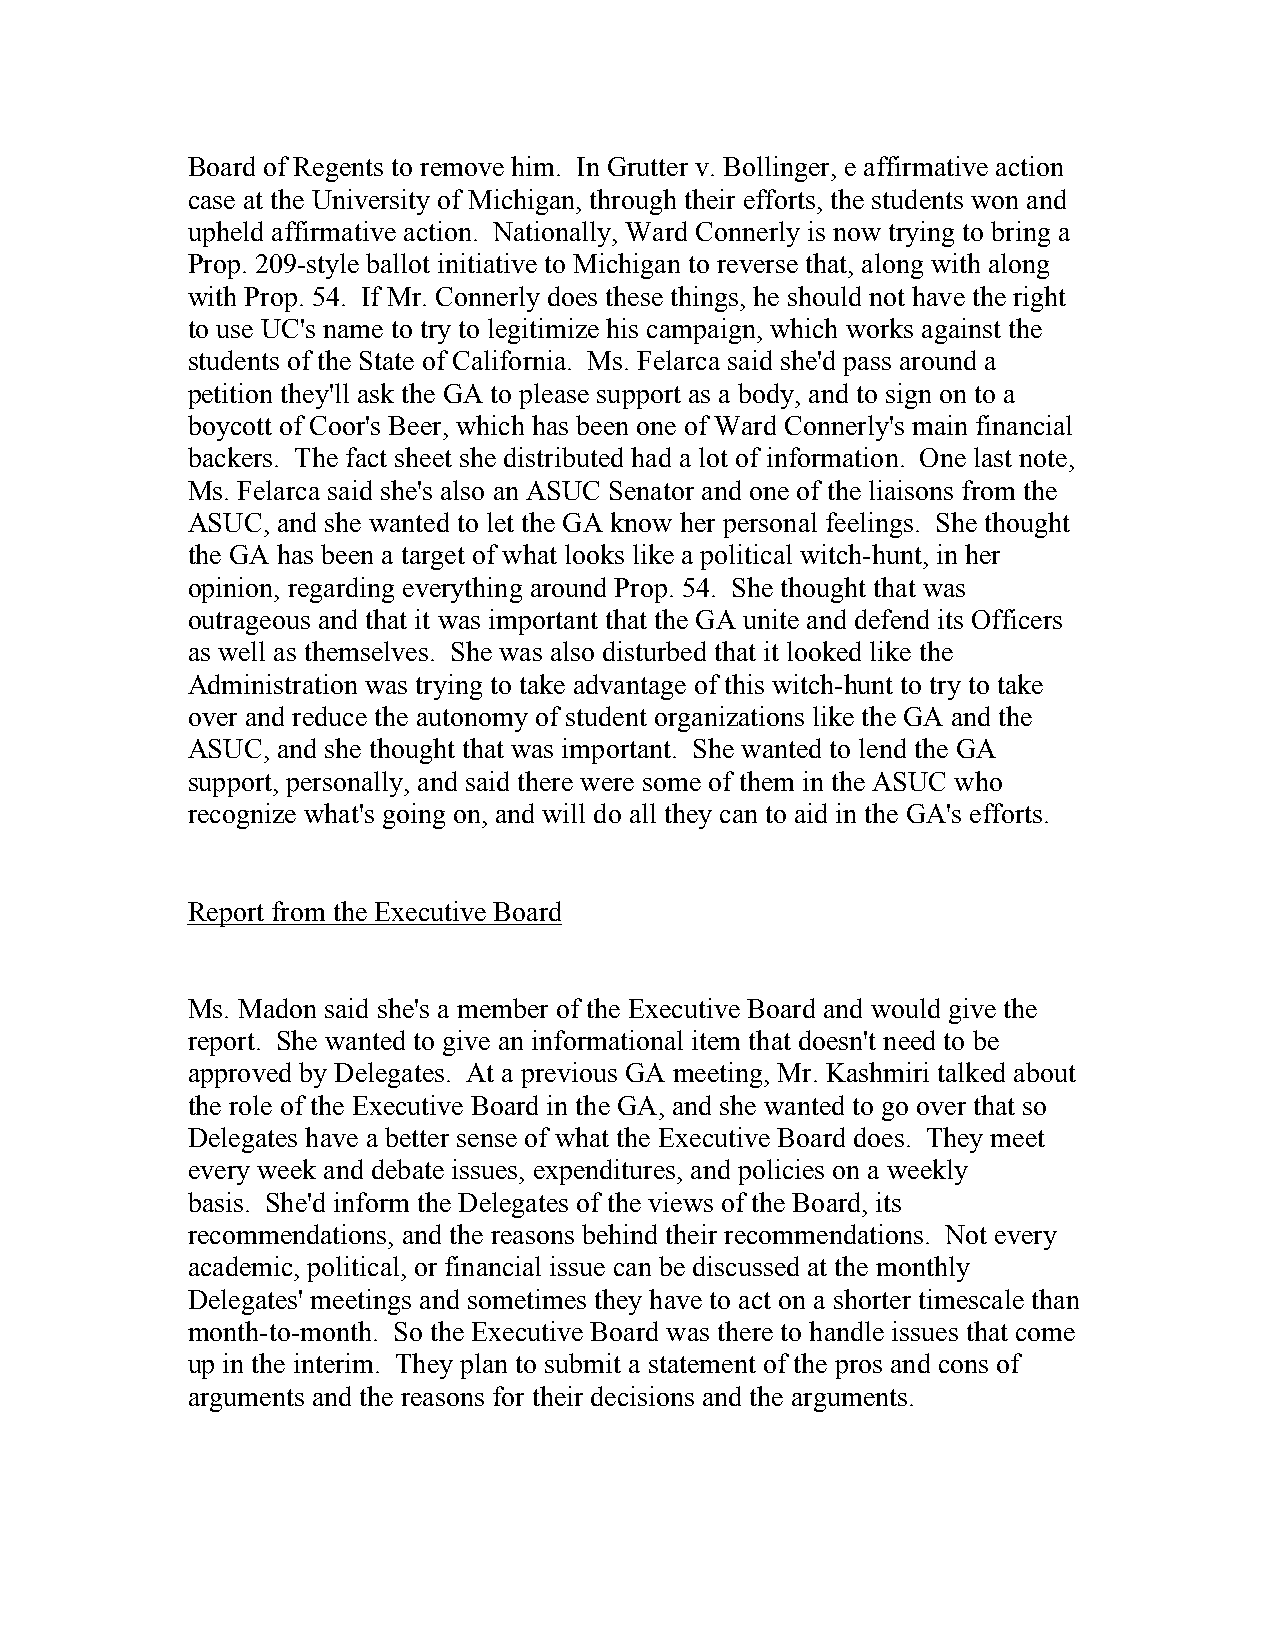
Board of Regents to remove him. In Grutter v. Bollinger, e affirmative action
 case at the University of Michigan, through their efforts, the students won and
 upheld affirmative action. Nationally, Ward Connerly is now trying to bring a
 Prop. 209-style ballot initiative to Michigan to reverse that, along with along
 with Prop. 54. If Mr. Connerly does these things, he should not have the right
 to use UC's name to try to legitimize his campaign, which works against the
 students of the State of California. Ms. Felarca said she'd pass around a
 petition they'll ask the GA to please support as a body, and to sign on to a
 boycott of Coor's Beer, which has been one of Ward Connerly's main financial
 backers. The fact sheet she distributed had a lot of information. One last note,
 Ms. Felarca said she's also an ASUC Senator and one of the liaisons from the
 ASUC, and she wanted to let the GA know her personal feelings. She thought
 the GA has been a target of what looks like a political witch-hunt, in her
 opinion, regarding everything around Prop. 54. She thought that was
 outrageous and that it was important that the GA unite and defend its Officers
 as well as themselves. She was also disturbed that it looked like the
 Administration was trying to take advantage of this witch-hunt to try to take
 over and reduce the autonomy of student organizations like the GA and the
 ASUC, and she thought that was important. She wanted to lend the GA
 support, personally, and said there were some of them in the ASUC who
 recognize what's going on, and will do all they can to aid in the GA's efforts.
 Report from the Executive Board
 Ms. Madon said she's a member of the Executive Board and would give the
 report. She wanted to give an informational item that doesn't need to be
 approved by Delegates. At a previous GA meeting, Mr. Kashmiri talked about
 the role of the Executive Board in the GA, and she wanted to go over that so
 Delegates have a better sense of what the Executive Board does. They meet
 every week and debate issues, expenditures, and policies on a weekly
 basis. She'd inform the Delegates of the views of the Board, its
 recommendations, and the reasons behind their recommendations. Not every
 academic, political, or financial issue can be discussed at the monthly
 Delegates' meetings and sometimes they have to act on a shorter timescale than
 month-to-month. So the Executive Board was there to handle issues that come
 up in the interim. They plan to submit a statement of the pros and cons of
 arguments and the reasons for their decisions and the arguments.